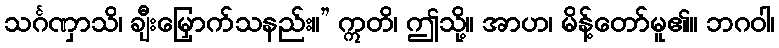
သင်္ဂဏှာသိ၊ ချီးမြှောက်သနည်း။” ဣတိ၊ ဤသို့။ အာဟ၊ မိန့်တော်မူ၏။ ဘဂဝါ၊